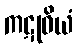
ကဋုဝိယံ